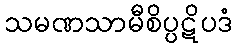
သမဏသာမီစိပ္ပဋိပဒံ